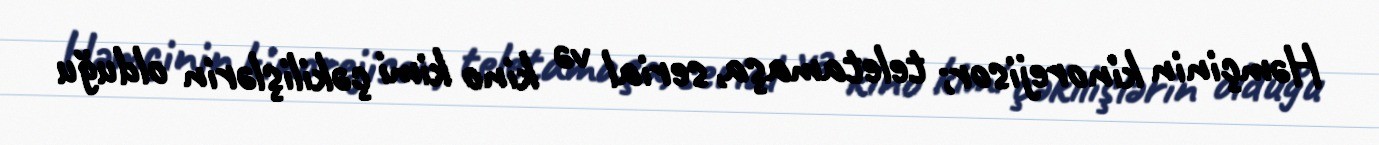
Həmçinin kinorejisor; teletamaşa, serial və kino kimi çəkilişlərin olduğu